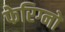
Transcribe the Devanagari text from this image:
फेरिग्नो